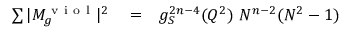
\begin{array} { r l r } { \sum \vert M _ { g } ^ { \mathrm { ~ v ~ i ~ o ~ l ~ } } \vert ^ { 2 } } & { { } = } & { g _ { S } ^ { 2 n - 4 } ( Q ^ { 2 } ) ~ N ^ { n - 2 } ( N ^ { 2 } - 1 ) } \end{array}